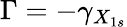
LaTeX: \Gamma=-\gamma_{X_{1s}}